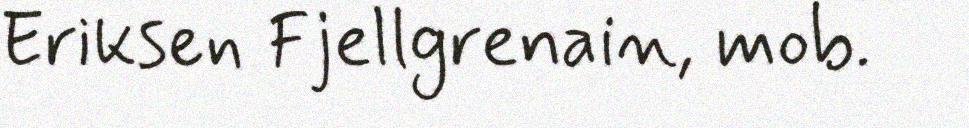
Eriksen Fjellgrenain, mob.